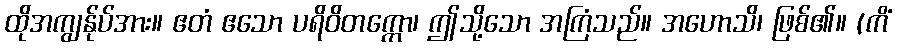
ထိုအကျွန်ုပ်အား။ ဧတံ ဧသော ပရိဝိတက္ကော၊ ဤသို့သော အကြံသည်။ အဟောသိ၊ ဖြစ်၏။ (ကိံ